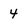
Character: 4